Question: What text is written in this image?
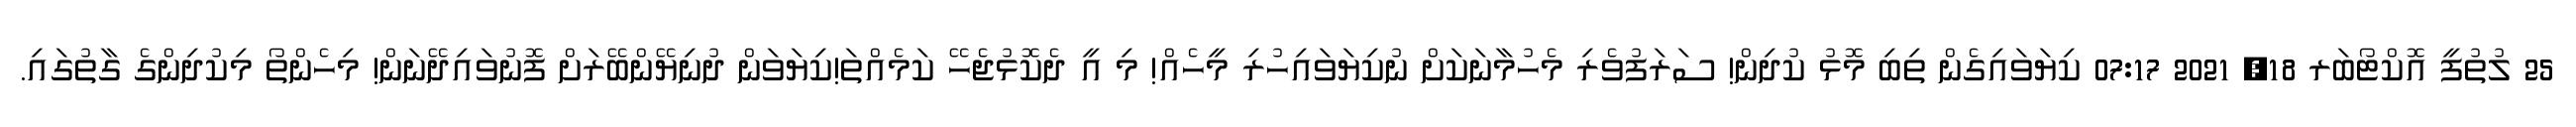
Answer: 25 ލުތުފީ އޮކްޓޯބަރ 18, 2021 07:17 ކިޔަވައިގެން ތިބި މޮޅު ކުދިން! ސަރަފުވެރި މެހުމާނަކަށް ނުކިޔަވައިހުރި މީހެއް! މި އީ ދެކޮޅުޖެހޭ ކަމެއްތަ!ކިޔަވަން ދުނިޔޭންބޭރަށް ފޮނުވައިދޭނަން! މިހެންތޯ މިކުދިންގެ ގާތުގައި.